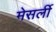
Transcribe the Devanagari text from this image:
मेसर्ली